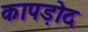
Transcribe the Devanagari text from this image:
कापड़ोद